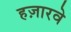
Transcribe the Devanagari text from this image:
हज़ारवे